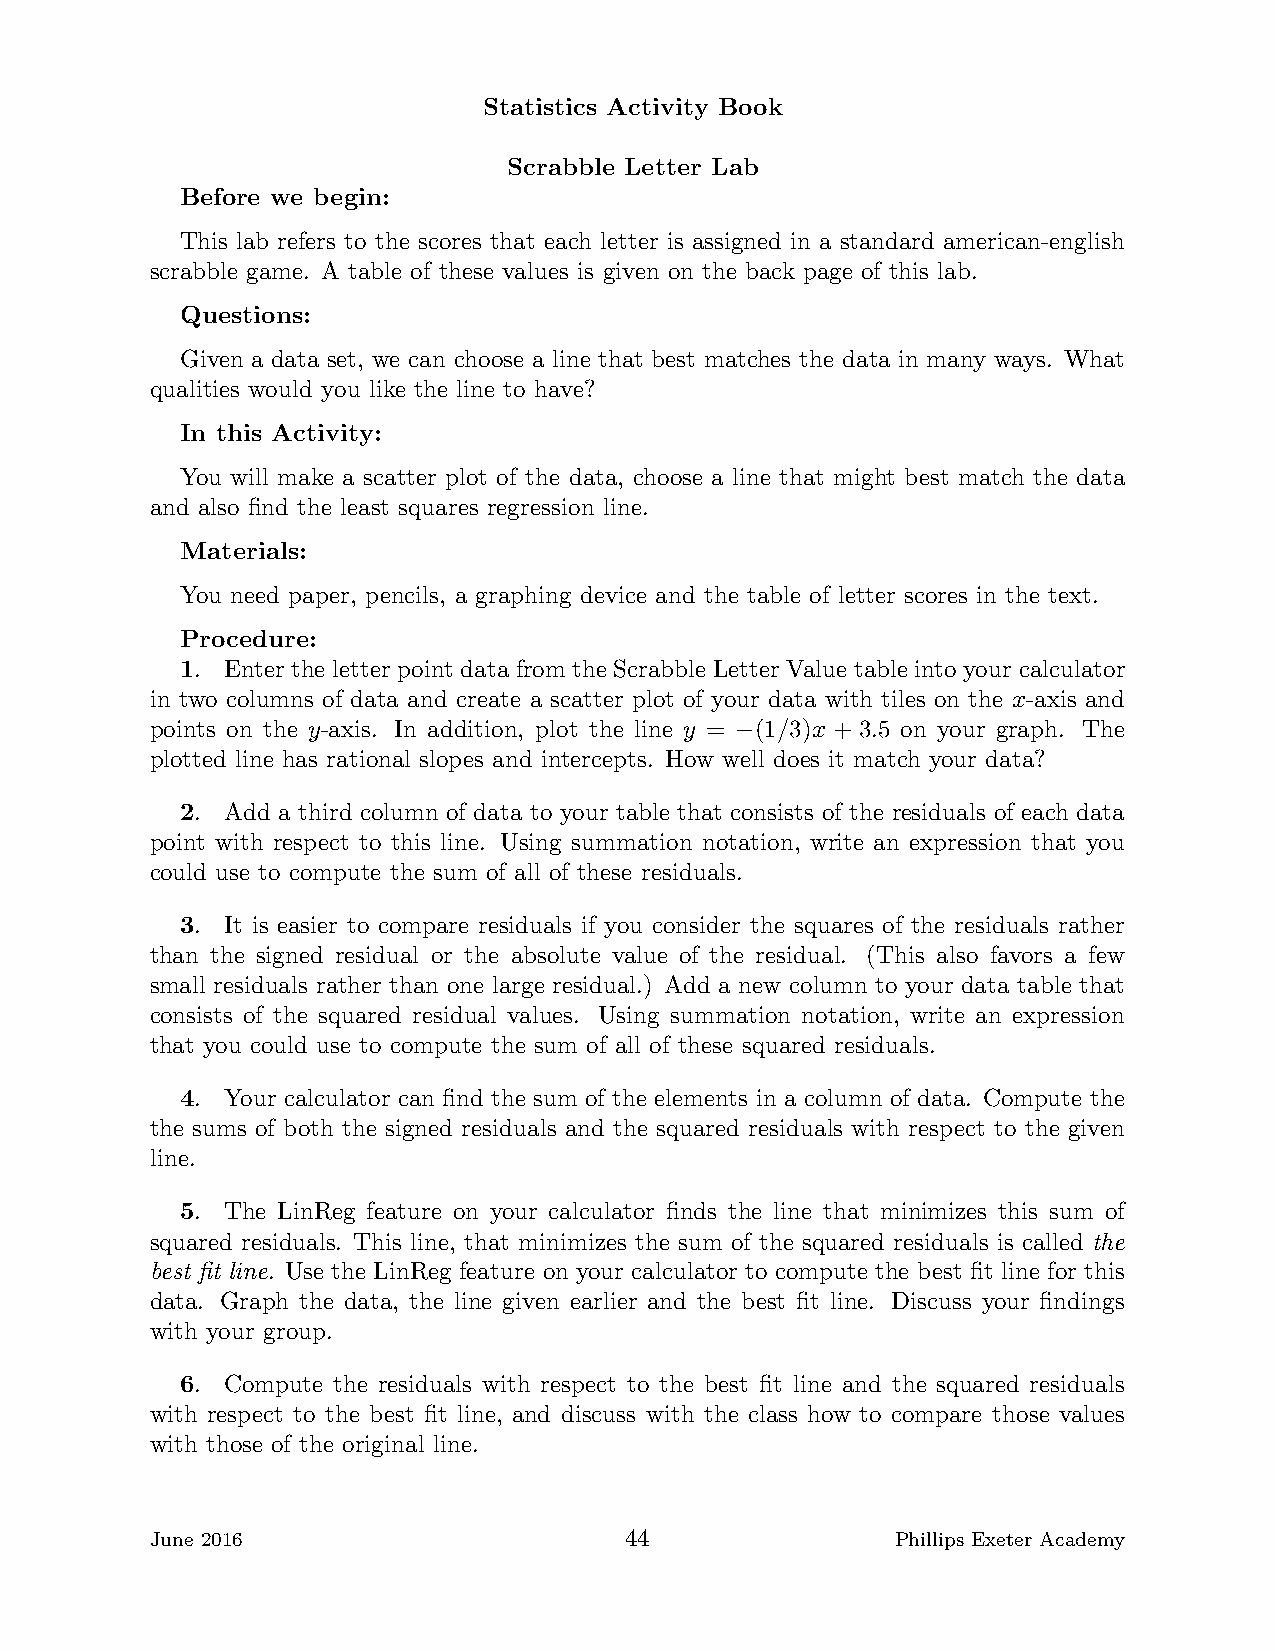
Statistics Activity Book
 Scrabble Letter Lab
 Before we begin:
 This lab refers to the scores that each letter is assigned in a standard american-english
 scrabble game. A table of these values is given on the back page of this lab.
 Questions:
 Given a data set, we can choose a line that best matches the data in many ways. What
 qualities would you like the line to have?
 In this Activity:
 You will make a scatter plot of the data, choose a line that might best match the data
 and also find the least squares regression line.
 Materials:
 You need paper, pencils, a graphing device and the table of letter scores in the text.
 Procedure:
 1. Enter the letter point data from the Scrabble Letter Value table into your calculator
 in two columns of data and create a scatter plot of your data with tiles on the x-axis and
 points on the y-axis. In addition, plot the line y = (1/3)x + 3.5 on your graph. The
 −
 plotted line has rational slopes and intercepts. How well does it match your data?
 2. Add a third column of data to your table that consists of the residuals of each data
 point with respect to this line. Using summation notation, write an expression that you
 could use to compute the sum of all of these residuals.
 3. It is easier to compare residuals if you consider the squares of the residuals rather
 than the signed residual or the absolute value of the residual. (This also favors a few
 small residuals rather than one large residual.) Add a new column to your data table that
 consists of the squared residual values. Using summation notation, write an expression
 that you could use to compute the sum of all of these squared residuals.
 4. Your calculator can find the sum of the elements in a column of data. Compute the
 the sums of both the signed residuals and the squared residuals with respect to the given
 line.
 5. The LinReg feature on your calculator finds the line that minimizes this sum of
 squared residuals. This line, that minimizes the sum of the squared residuals is called the
 best fit line. Use the LinReg feature on your calculator to compute the best fit line for this
 data. Graph the data, the line given earlier and the best fit line. Discuss your findings
 with your group.
 6. Compute the residuals with respect to the best fit line and the squared residuals
 with respect to the best fit line, and discuss with the class how to compare those values
 with those of the original line.
 June 2016                      44                Phillips Exeter Academy